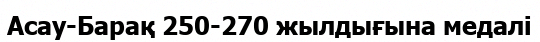
Асау-Барақ 250-270 жылдығына медалі